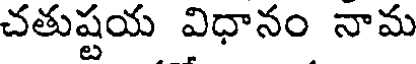
చతుష్టయ విధానం నామ